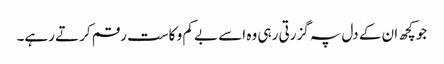
جو کچھ ان کے دل پہ گزرتی رہی وہ اسے بے کم و کاست رقم کرتے رہے۔